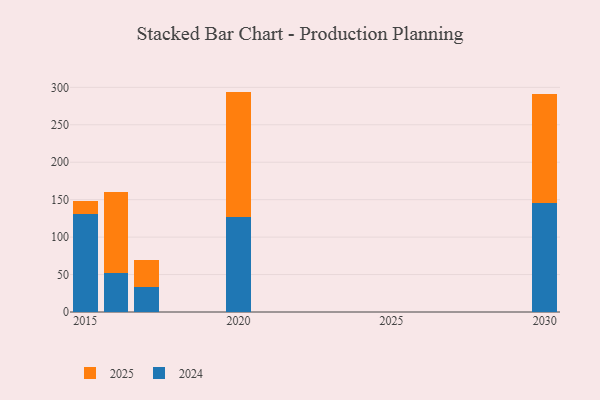
{"axis": {"x": "Year", "y": "Inventory Turnover"}, "legend": ["2024", "2025"], "data": [{"x": "2017", "y": 36.8, "type": "2025"}, {"x": "2017", "y": 33.3, "type": "2024"}, {"x": "2030", "y": 145.3, "type": "2025"}, {"x": "2030", "y": 145.4, "type": "2024"}, {"x": "2020", "y": 168.1, "type": "2025"}, {"x": "2020", "y": 126.2, "type": "2024"}, {"x": "2015", "y": 17.8, "type": "2025"}, {"x": "2015", "y": 130.7, "type": "2024"}, {"x": "2016", "y": 107.8, "type": "2025"}, {"x": "2016", "y": 52.4, "type": "2024"}]}